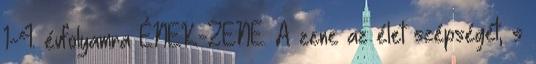
1-4. évfolyamra ÉNEK-ZENE. A zene az élet szépségét, s